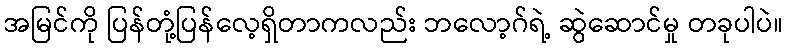
အမြင်ကို ပြန်တုံ့ပြန်လေ့ရှိတာကလည်း ဘလော့ဂ်ရဲ့ ဆွဲဆောင်မှု တခုပါပဲ။